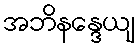
အဘိနန္ဒေယျ